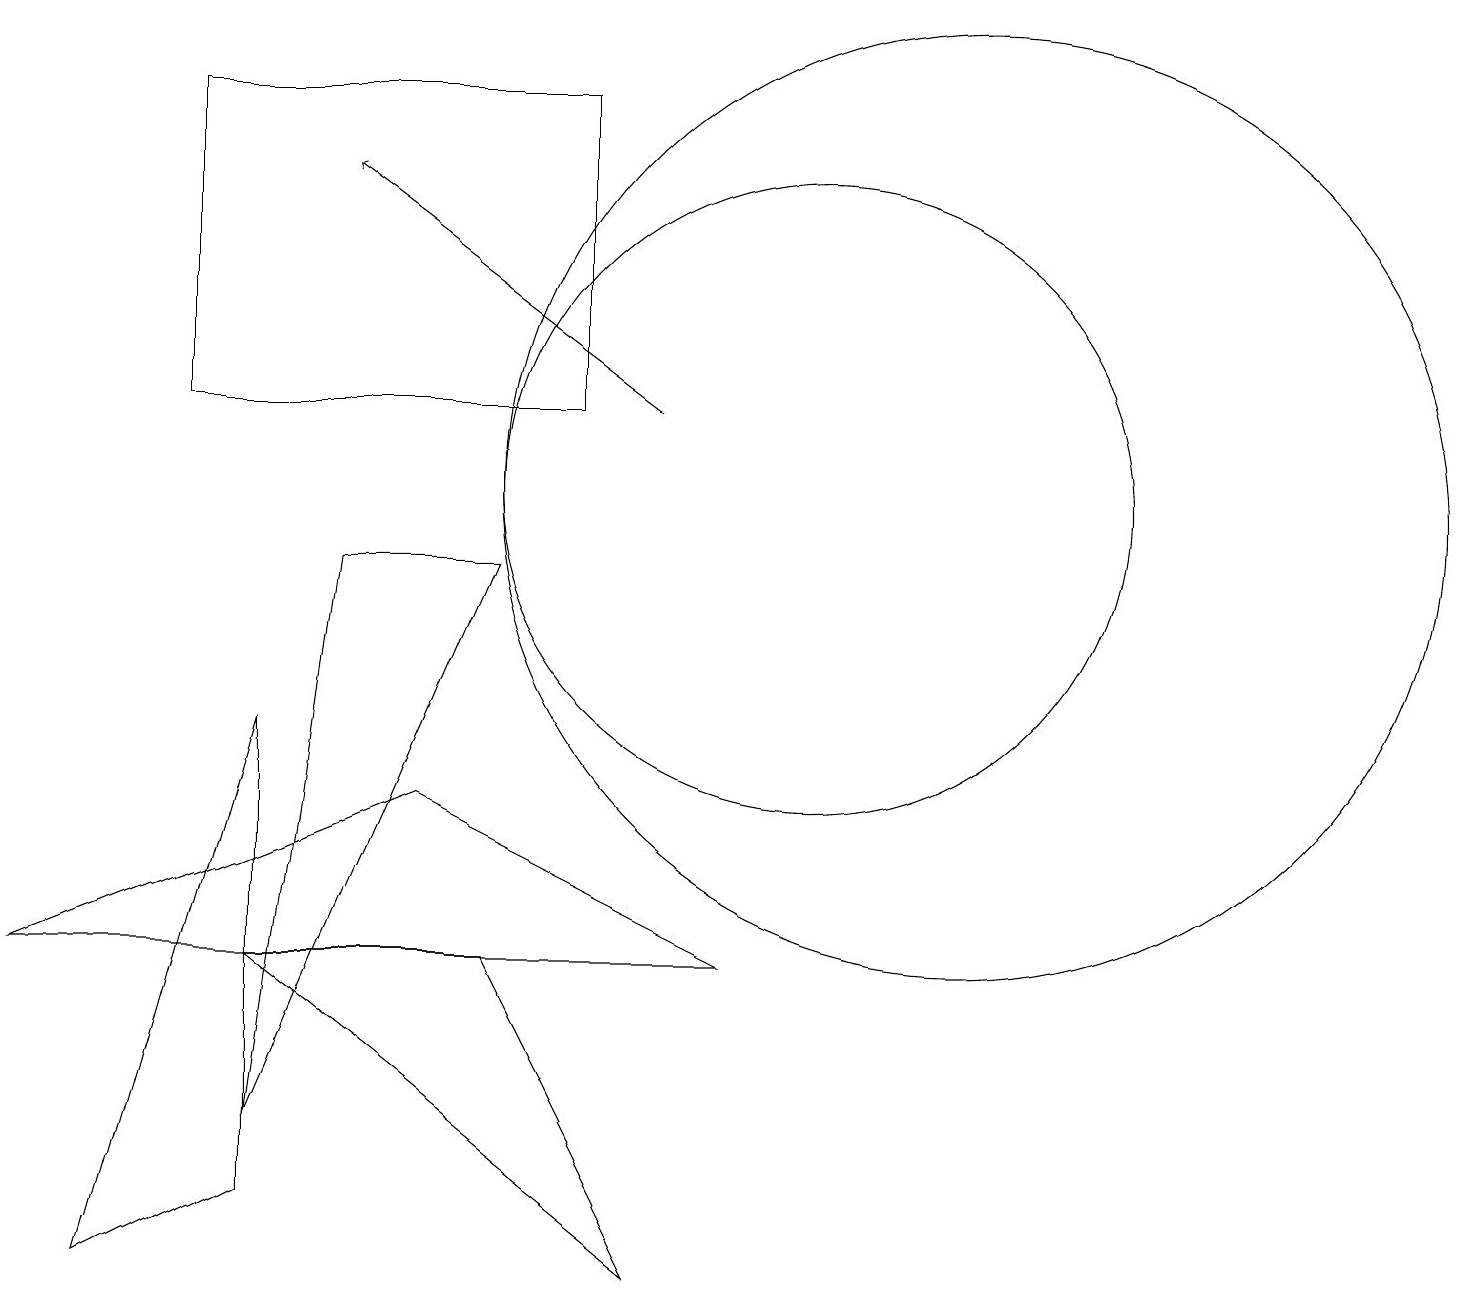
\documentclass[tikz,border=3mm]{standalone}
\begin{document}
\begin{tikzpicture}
\draw (12,10) circle (6);
\draw (4,9) -- (3,2) -- (6,9) -- cycle;
\draw (5,6) -- (9,4) -- (0,4) -- cycle;
\draw[->] (8,11) -- (4,14);
\draw (7,11) rectangle (2,15);
\draw (10,10) circle (4);
\draw (8,0) -- (3,4) -- (6,4) -- cycle;
\draw (3,7) -- (3,1) -- (1,0) -- cycle;
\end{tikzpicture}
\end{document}